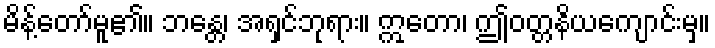
မိန့်တော်မူ၏။ ဘန္တေ၊ အရှင်ဘုရား။ ဣတော၊ ဤဝတ္တနိယကျောင်းမှ။